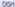
DISH